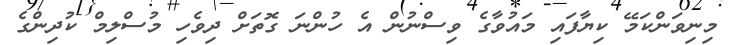
މިނިވަންކަމޭ ކިޔާފައި މައުވާގެ ވިސްނުން އެ ހުންނަ ގޮތަށް ދިވެހި މުސްލިމް ކުދިންގެ